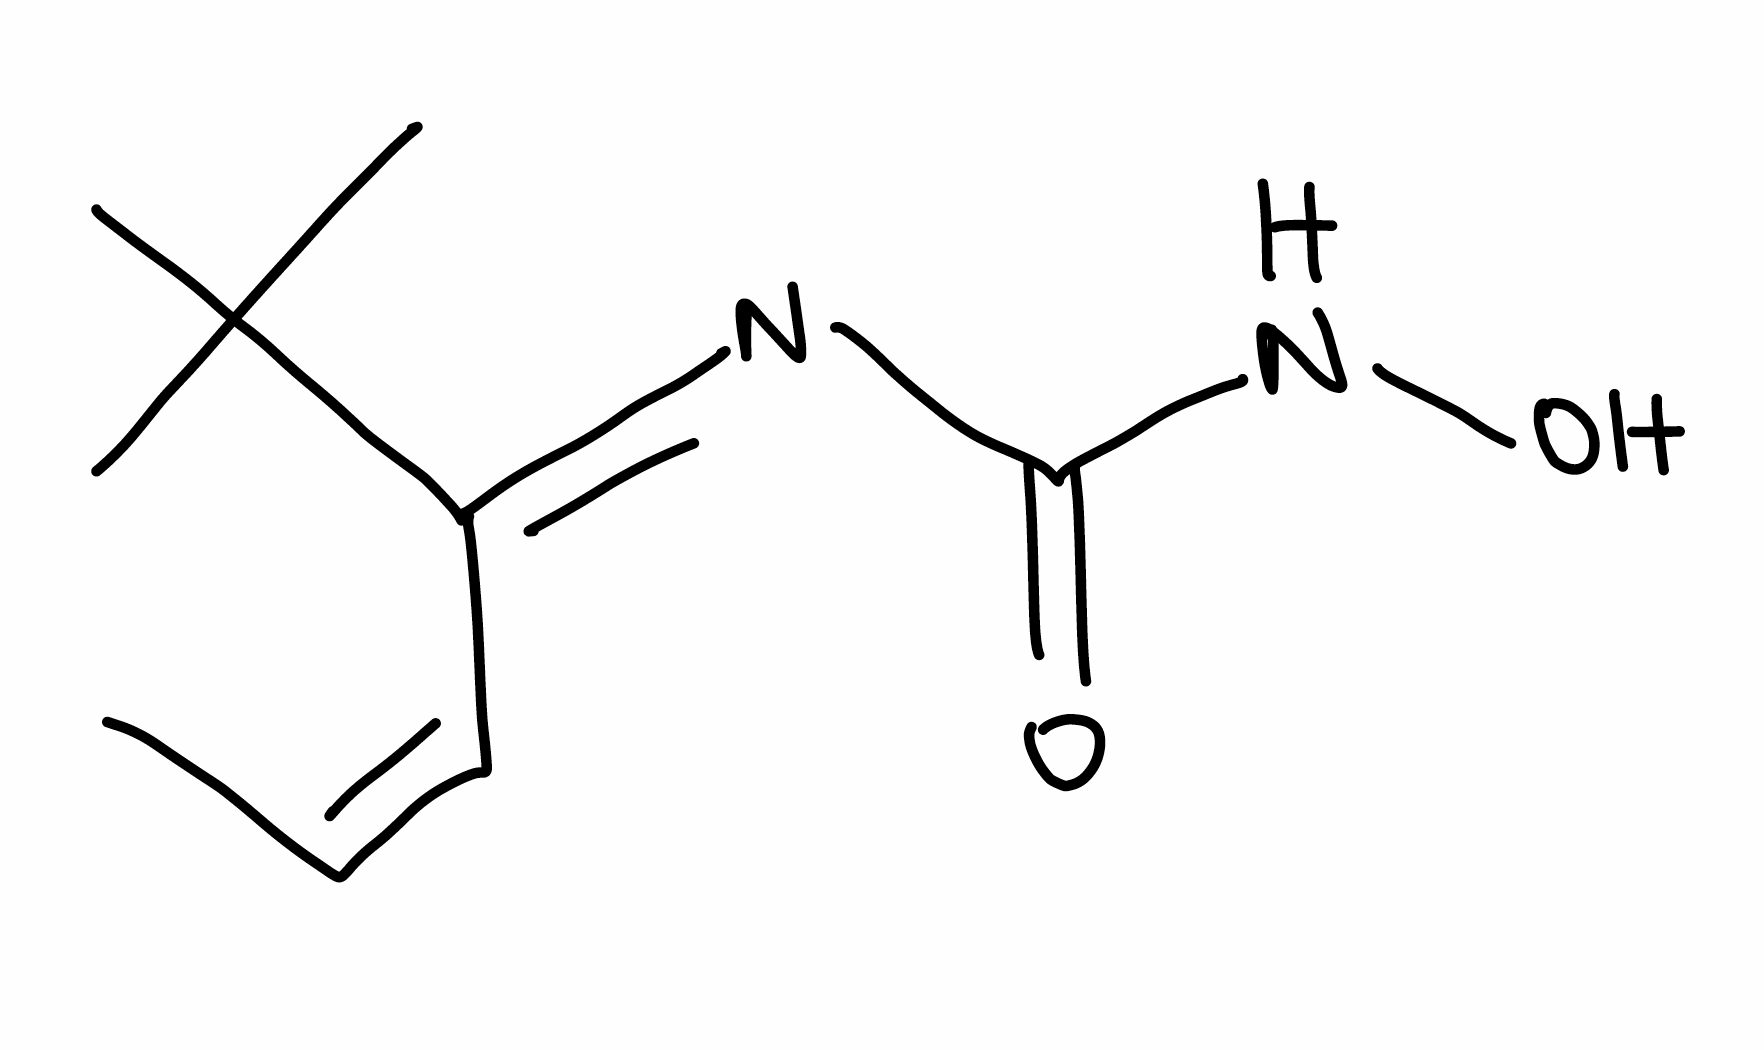
Simplified molecular-input line-entry system (SMILES) notation of the given molecule:
C/C=C\C(=N/C(=O)NO)\C(C)(C)C